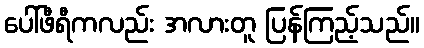
ပေါ်ဖီရီကလည်း အလားတူ ပြန်ကြည့်သည်။